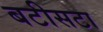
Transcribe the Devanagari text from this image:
बटीसटा